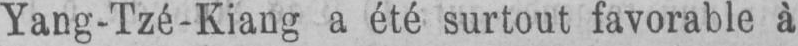
Yang-Tzé-Kiang a été surtout favorable à